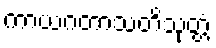
ကာယဂတာသတိသုတ္တံ